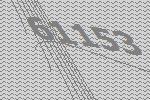
61153